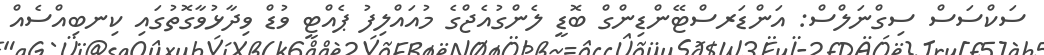
ސަކްސަސް ސިގްނަލްސް: އަންޑަރސްޓޭންޑިންގް ބޮޑީ ލެންގުއެޖްގެ މުއައްލިފު ޕެއްޓީ ވުޑް ވިދާޅުވާގޮތުގައި ކިނބިއްސެއް